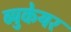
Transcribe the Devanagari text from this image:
ब्युकेयर